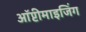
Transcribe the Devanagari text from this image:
ऑप्टीमाइजिंग